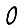
Digit: 0